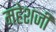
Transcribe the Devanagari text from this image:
महेशजी